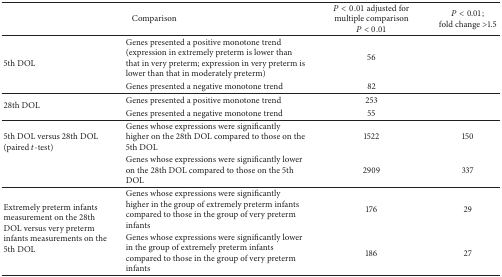
| <COLSPAN=2> Comparison | P < 0.01 adjusted for multiple comparison P < 0.01 | P < 0.01; fold change >1.5 |
 | --- | --- | --- | --- |
 | <ROWSPAN=2> 5th DOL | Genes presented a positive monotone trend (expression in extremely preterm is lower than that in very preterm; expression in very preterm is lower than that in moderately preterm) | 56 |  |
 | Genes presented a negative monotone trend | 82 |  |
 | <ROWSPAN=2> 28th DOL | Genes presented a positive monotone trend | 253 |  |
 | Genes presented a negative monotone trend | 55 |  |
 | <ROWSPAN=2> 5th DOL versus 28th DOL (paired t-test) | Genes whose expressions were significantly higher on the 28th DOL compared to those on the 5th DOL | 1522 | 150 |
 | Genes whose expressions were significantly lower on the 28th DOL compared to those on the 5th DOL | 2909 | 337 |
 | <ROWSPAN=2> Extremely preterm infants measurement on the 28th DOL versus very preterm infants measurements on the 5th DOL | Genes whose expressions were significantly higher in the group of extremely preterm infants compared to those in the group of very preterm infants | 176 | 29 |
 | Genes whose expressions were significantly lower in the group of extremely preterm infants compared to those in the group of very preterm infants | 186 | 27 |